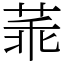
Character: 䓙